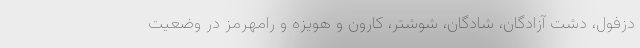
دزفول، دشت آزادگان، شادگان، شوشتر، کارون و هویزه و رامهرمز در وضعیت